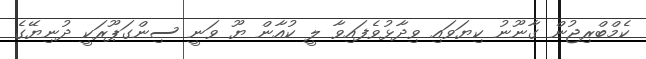
ކެމްބްރިޖުން ގާނޫނު ކިޔަވައި ވިދާޅުވެފައިވާ ލީ ކުއާން ޔޫ ވަނީ ސިންގަޕޫރަކީ ދުނިޔޭގެ